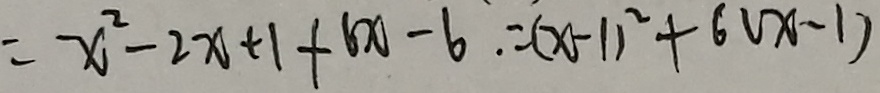
= x ^ { 2 } - 2 x + 1 + ( x ) - 6 . = ( x - 1 ) ^ { 2 } + 6 ( x - 1 )